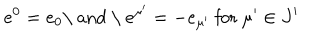
LaTeX: e ^ { 0 } = e _ { 0 } \mathrm { \ a n d ~ \ } e ^ { \mu ^ { \prime } } = - e _ { \mu ^ { \prime } } \mathrm { ~ f o r ~ } \mu ^ { \prime } \in J ^ { \prime }